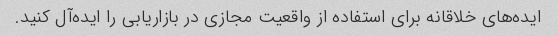
ایده‌های خلاقانه برای استفاده از واقعیت مجازی در بازاریابی را ایده‌آل کنید.